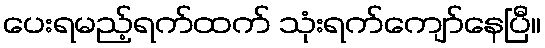
ပေးရမည့်ရက်ထက် သုံးရက်ကျော်နေပြီ။